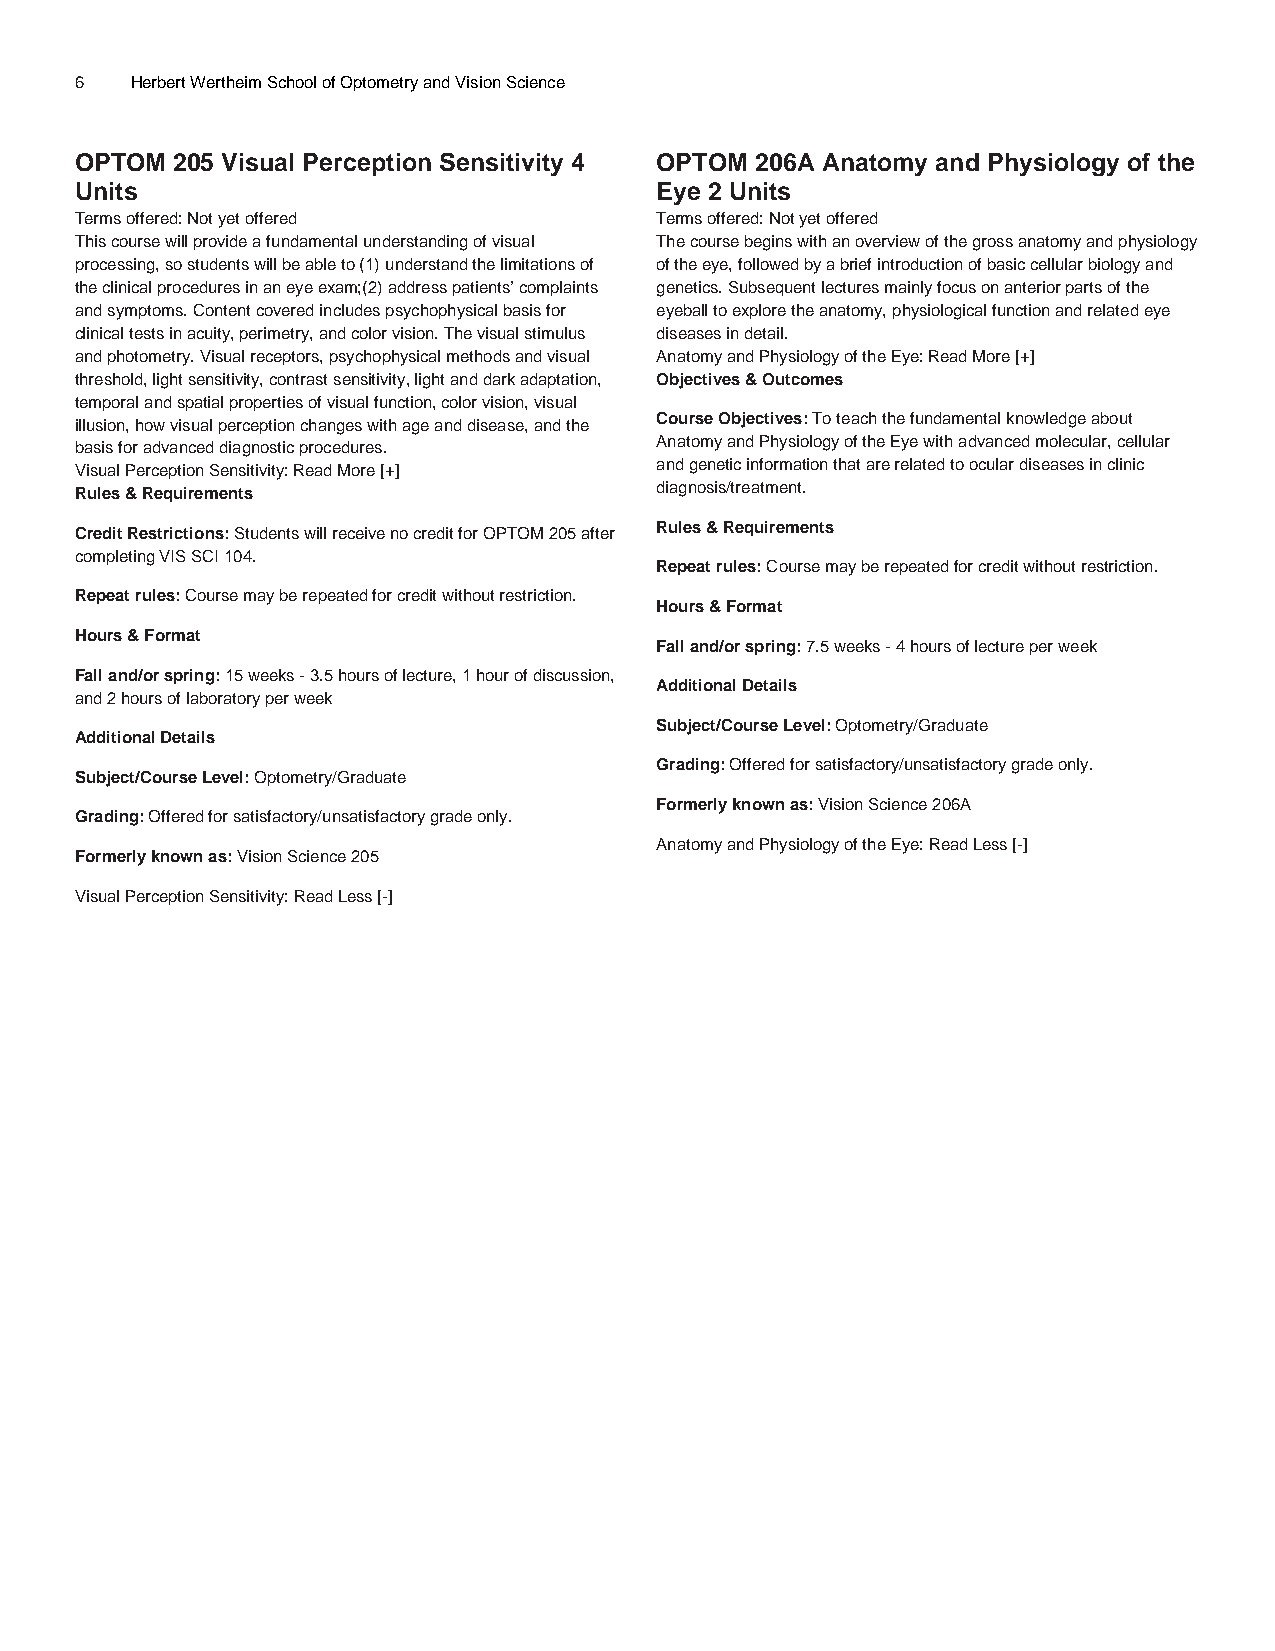
6   Herbert Wertheim School of Optometry and Vision Science
 OPTOM 205 Visual Perception Sensitivity 4 OPTOM 206A Anatomy and Physiology of the
 Units                                 Eye 2 Units
 Terms offered: Not yet offered        Terms offered: Not yet offered
 This course will provide a fundamental understanding of visual The course begins with an overview of the gross anatomy and physiology
 processing, so students will be able to (1) understand the limitations of of the eye, followed by a brief introduction of basic cellular biology and
 the clinical procedures in an eye exam;(2) address patients’ complaints genetics. Subsequent lectures mainly focus on anterior parts of the
 and symptoms. Content covered includes psychophysical basis for eyeball to explore the anatomy, physiological function and related eye
 clinical tests in acuity, perimetry, and color vision. The visual stimulus diseases in detail.
 and photometry. Visual receptors, psychophysical methods and visual Anatomy and Physiology of the Eye: Read More [+]
 threshold, light sensitivity, contrast sensitivity, light and dark adaptation, Objectives & Outcomes
 temporal and spatial properties of visual function, color vision, visual
 illusion, how visual perception changes with age and disease, and the Course Objectives: To teach the fundamental knowledge about
 basis for advanced diagnostic procedures. Anatomy and Physiology of the Eye with advanced molecular, cellular
 Visual Perception Sensitivity: Read More [+] and genetic information that are related to ocular diseases in clinic
 Rules & Requirements                  diagnosis/treatment.
 Credit Restrictions: Students will receive no credit for OPTOM 205 after Rules & Requirements
 completing VIS SCI 104.
 Repeat rules: Course may be repeated for credit without restriction.
 Repeat rules: Course may be repeated for credit without restriction.
 Hours & Format
 Hours & Format
 Fall and/or spring: 7.5 weeks - 4 hours of lecture per week
 Fall and/or spring: 15 weeks - 3.5 hours of lecture, 1 hour of discussion,
 Additional Details
 and 2 hours of laboratory per week
 Subject/Course Level: Optometry/Graduate
 Additional Details
 Grading: Offered for satisfactory/unsatisfactory grade only.
 Subject/Course Level: Optometry/Graduate
 Formerly known as: Vision Science 206A
 Grading: Offered for satisfactory/unsatisfactory grade only.
 Anatomy and Physiology of the Eye: Read Less [-]
 Formerly known as: Vision Science 205
 Visual Perception Sensitivity: Read Less [-]